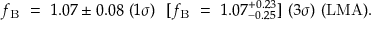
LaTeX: f _ { \mathrm { B } } ~ = ~ 1 . 0 7 \pm 0 . 0 8 ~ ( { 1 \sigma } ) ~ ~ [ f _ { \mathrm { B } } ~ = ~ 1 . 0 7 _ { - 0 . 2 5 } ^ { + 0 . 2 3 } ] ~ ( { 3 \sigma } ) ~ ( \mathrm { L M A } ) .